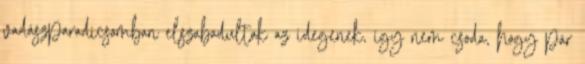
vadászparadicsomban elszabadultak az idegenek, így nem csoda, hogy pár